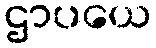
ဌာပယေ